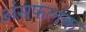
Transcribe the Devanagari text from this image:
अंसफलंक